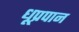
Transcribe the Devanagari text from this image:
धूप्रपान